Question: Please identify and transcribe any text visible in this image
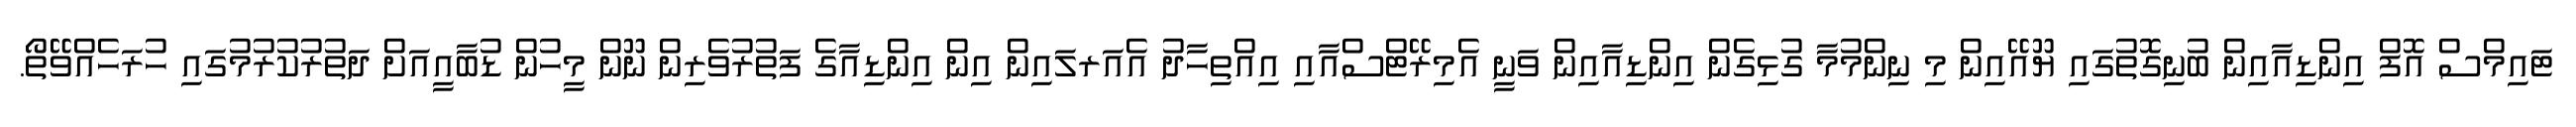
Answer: ޓައިމްސް އޮފް އިންޑިއާއިން ބުނިގޮތުގައި ޔޫއޭއިން މި ނިންމުމާ ގުޅިގެން އިންޑިއާއިން ވަނީ އެމިރޭޓްސްއާއި އިއްތިހާދު އެއަރލައިން އިން އިންޑިއާގެ ފަތުރުވެރިން ނޫން މީހުން ޑުބާއީއަށް ދަތުރުކުރުމުގައި ހުރަހެއްވޭތޯ.